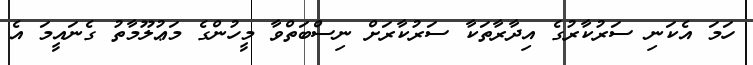
ހަމަ އެކަނި ސަރުކާރުގެ އިދާރާތަކާ ސަރުކާރަށް ނިސްބަތްވާ މީހުންގެ މަޢުލޫމާތު ގެނައީމަ އެ